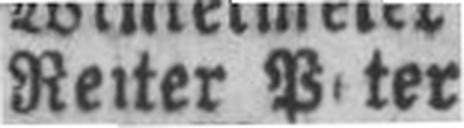
Reiter Peter